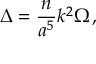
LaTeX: \Delta = { \frac { n } { a ^ { 5 } } } k ^ { 2 } \Omega \, ,